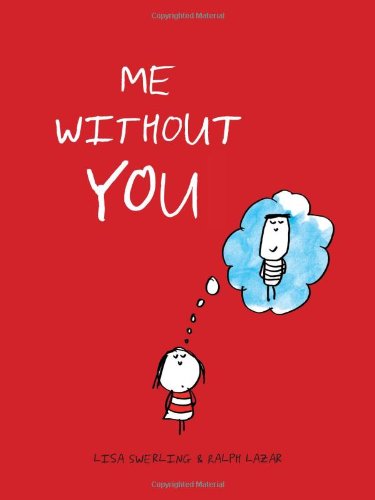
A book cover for Me without You; Ralph Lazar; Comics & Graphic Novels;